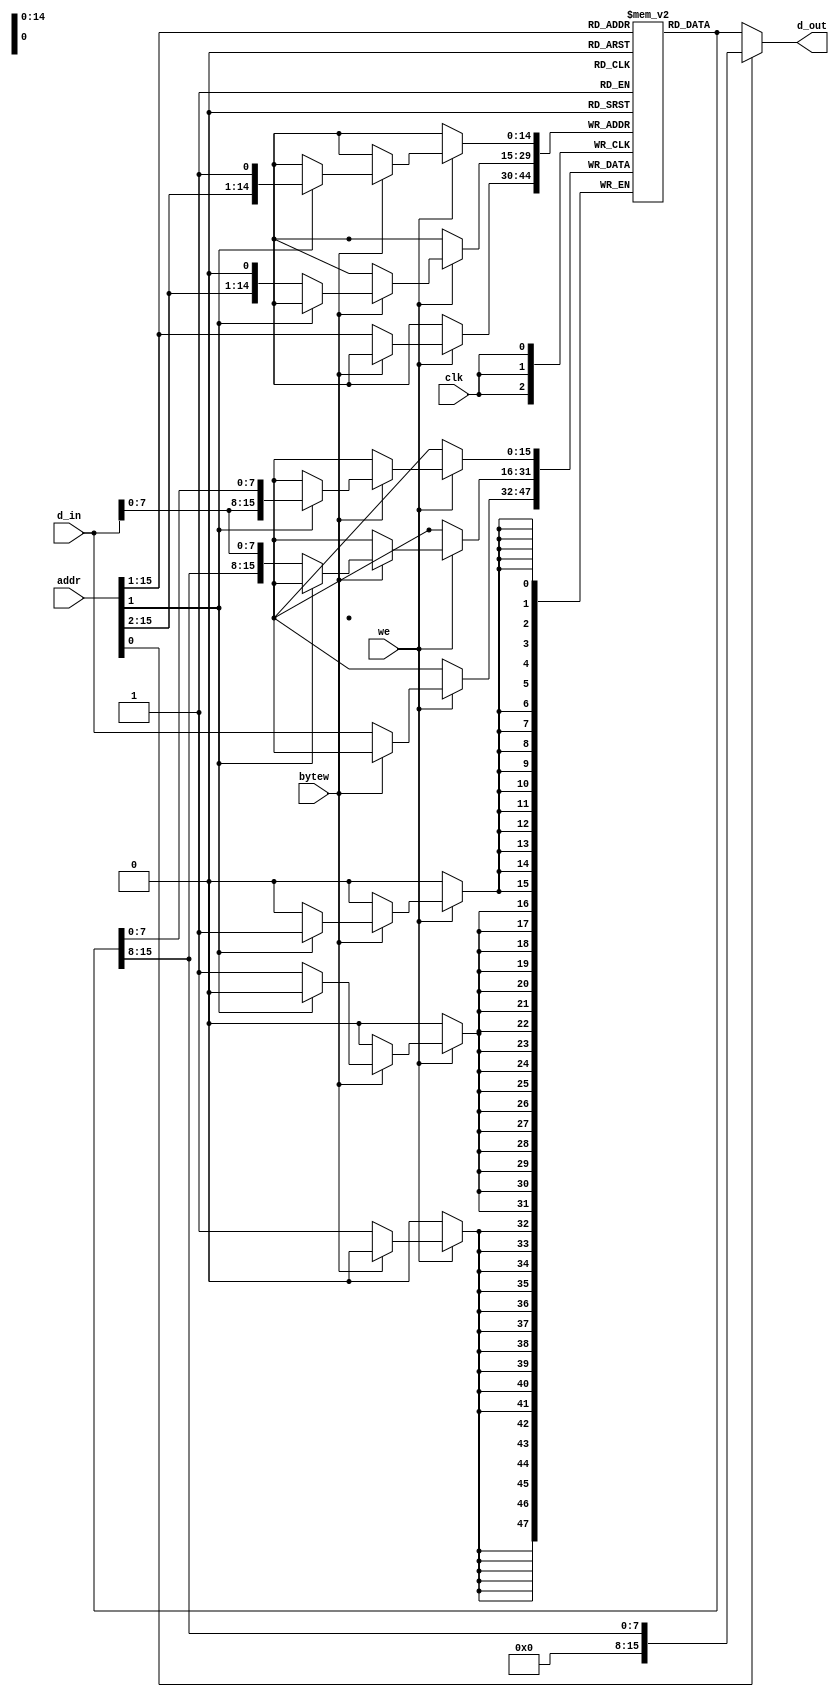
module memory (
    input wire [15:0] addr,	// address bus
    input wire we,		// write enable
    input wire clk,		// write clock
    input wire bytew,		// byte write
    input wire [15:0] d_in,	// write data bus
    output wire [15:0] d_out	// read data bus
);
    // 64 kbytes of memory
    reg [15:0] memory [64*512-1:0];

    // Addressed word
    wire [15:0] word = memory [addr[15:1]];

    // Read memory
    assign d_out = addr[0] ?
        (word >> 8) :		// byte read
        word;			// word-aligned read

    // Write memory on positive clk, when we is set.
    always @(posedge clk) begin
        if (we == 1) begin
            if (bytew) begin
                // byte write
                if (addr[1]) begin	// high byte
                    memory [addr[15:1]] = { d_in[7:0], word[7:0] };
                    $display ("(%0d) store %h := %h", $time, {addr[15:1], 1'b0}, { d_in[7:0], word[7:0] });
                end else begin		// low byte
                    memory [addr[15:1]] = { word[15:8], d_in[7:0] };
                    $display ("(%0d) store %h := %h", $time, {addr[15:1], 1'b0}, { word[15:8], d_in[7:0] });
                end
            end else begin
                // word write
                memory [addr[15:1]] = d_in;
                $display ("(%0d) store %h := %h", $time, {addr[15:1], 1'b0}, d_in);
            end
        end
    end

//    initial begin
//        // Initialize RAM contents on start.
//        `include "memory-initial.v"
//    end
endmodule